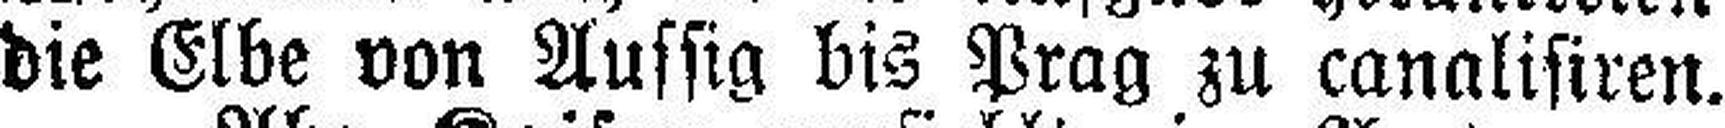
die Elbe von Aussig bis Prag zu canalisiren.